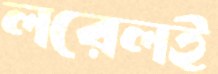
লরেলই